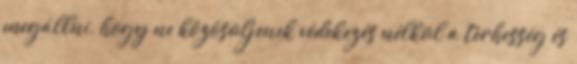
megállni, hogy ne közösüljenek védekezés nélkül a terhesség és